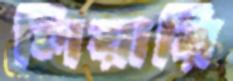
লিয়ারি